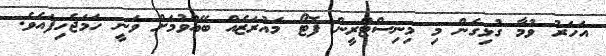
އަހަރު ވުމާ ގުޅިގެން މި މިނިސްޓްރީން ފޮޓޯ މައުރަޒެއް ބޭއްވުމަށް ވަނީ ހަމަޖެހިފައެވެ.